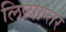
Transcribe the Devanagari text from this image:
लिप्यान्तर